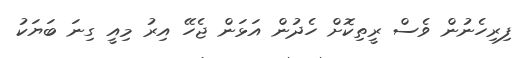
ފިރިހެނުން ވެސް ރީތިކޮށް ހެދުން އަޅަން ޖެހޭ އިރު މިއީ ގިނަ ބަޔަކު